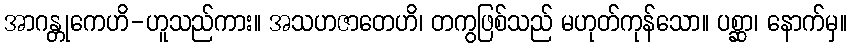
အာဂန္တုကေဟိ-ဟူသည်ကား။ အသဟဇာတေဟိ၊ တကွဖြစ်သည် မဟုတ်ကုန်သော။ ပစ္ဆာ၊ နောက်မှ။